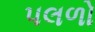
પલળો